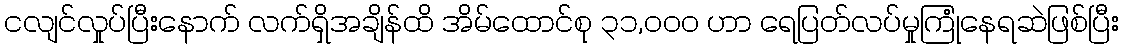
ငလျင်လှုပ်ပြီးနောက် လက်ရှိအချိန်ထိ အိမ်ထောင်စု ၃၁,၀၀၀ ဟာ ရေပြတ်လပ်မှုကြုံနေရဆဲဖြစ်ပြီး